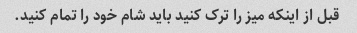
قبل از اینکه میز را ترک کنید باید شام خود را تمام کنید.